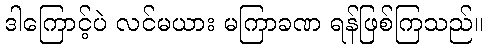
ဒါကြောင့်ပဲ လင်မယား မကြာခဏ ရန်ဖြစ်ကြသည်။